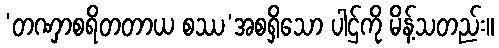
‘တဏှာစရိတတာယ စဿ’အစရှိသော ပါဌ်ကို မိန့်သတည်း။